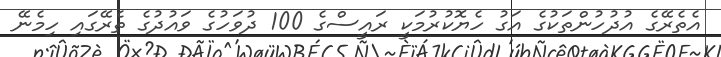
އެތެރޭގެ އުދުހުންތަކުގެ އަގު ހެޔޮކުރުމަކީ ރައީސްގެ 100 ދުވަހުގެ ވައުދުގެ ތެރޭގައި ހިމެނޭ